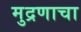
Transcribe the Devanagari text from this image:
मुद्रणाचा